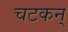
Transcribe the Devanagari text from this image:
चटकन्